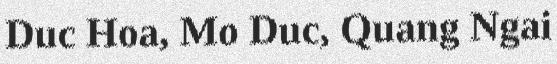
Duc Hoa, Mo Duc, Quang Ngai